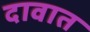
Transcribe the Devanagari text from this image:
दावात